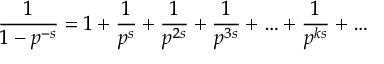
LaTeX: { \frac { 1 } { 1 - p ^ { - s } } } = 1 + { \frac { 1 } { p ^ { s } } } + { \frac { 1 } { p ^ { 2 s } } } + { \frac { 1 } { p ^ { 3 s } } } + \ldots + { \frac { 1 } { p ^ { k s } } } + \ldots